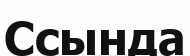
Ссында